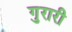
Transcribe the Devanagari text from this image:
गुरारी